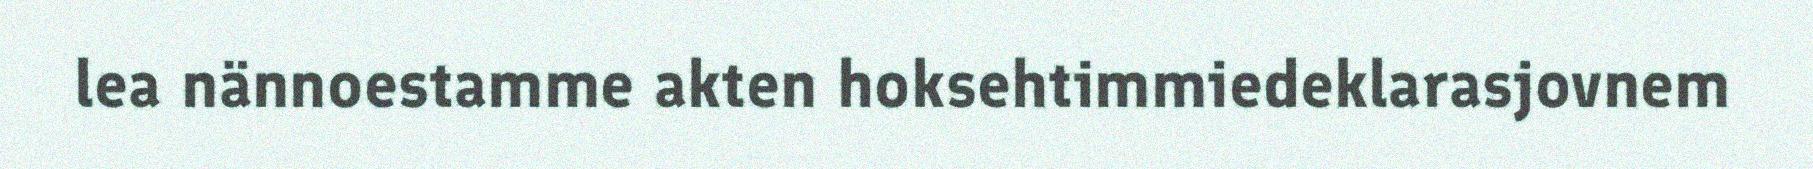
lea nännoestamme akten hoksehtimmiedeklarasjovnem